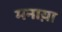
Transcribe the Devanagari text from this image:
मनाय़ा